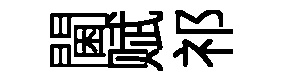
閫赋祁